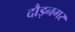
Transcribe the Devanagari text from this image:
दौड़नगर